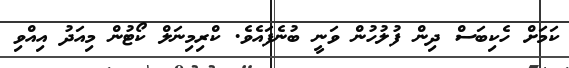
ކަމަށް ހެކިބަސް ދިން ފުލުހުން ވަނީ ބުނެފައެވެ. ކްރިމިނަލް ކޯޓުން މިއަދު އިއްވި